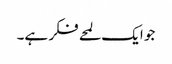
جو ایک لمحے فکر ہے۔